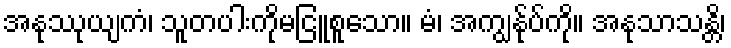
အနုဿုယျကံ၊ သူတပါးကိုမငြူစူသော။ မံ၊ အကျွန်ုပ်ကို။ အနုသာသန္တိ၊